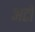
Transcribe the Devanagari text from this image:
अटो